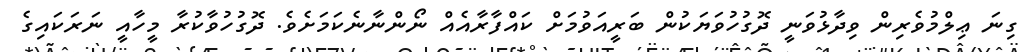
ގިނަ ޢިލްމުވެރިން ވިދާޅުވަނީ ދޮގުހުވަޔަކުން ބަރީއަވުމަށް ކައްފާރާއެއް ނޯންނާނެކަމަށެވެ. ދޮގުހުވާކުރާ މީހާއީ ނަރަކައިގެ